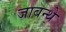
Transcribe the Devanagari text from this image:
जाबन्थे